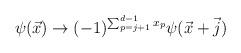
LaTeX: \begin{align*}\psi(\vec{x})\rightarrow (-1)^{\sum_{p=j+1}^{d-1}x_p}\psi(\vec{x}+\vec{j})\end{align*}